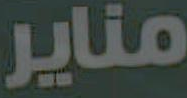
مناير